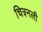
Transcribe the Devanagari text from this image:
चित्रनली